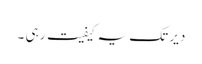
دیر تک یہ کیفیت رہی ۔